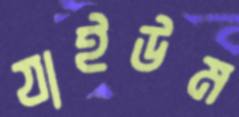
যাইউম